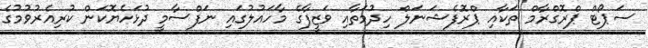
ސަޕޯޓް ޕްރޮގްރާމް ތަކާއި ޕްރޮފެޝަނަލް ހިދުމަތާއި ވަޒީފާގެ މާހައުލުގައި ނަފްސާމީ ދުޅަހެޔޮކަން ކުރިއެރުވުމުގެ